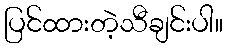
ပြင်ထားတဲ့သီချင်းပါ။